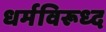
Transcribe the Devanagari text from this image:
धर्मविरूध्द